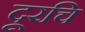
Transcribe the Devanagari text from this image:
दूरचि